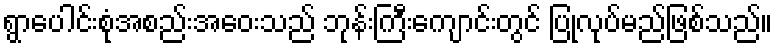
ရွာပေါင်းစုံအစည်းအဝေးသည် ဘုန်းကြီးကျောင်းတွင် ပြုလုပ်မည်ဖြစ်သည်။